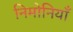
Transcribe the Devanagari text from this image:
निमोनियाँ